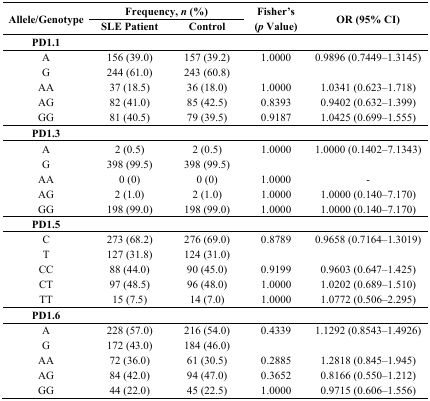
<table><thead><tr><td rowspan="2"><b>Allele/Genotype</b></td><td colspan="2"><b>Frequency, <i>n</i> (%)</b></td><td rowspan="2"><b>Fisher’s (<i>p</i> Value)</b></td><td rowspan="2"><b>OR (95% CI)</b></td></tr><tr><td><b>SLE Patient</b></td><td><b>Control</b></td></tr></thead><tbody><tr><td><b>PD1.1</b></td><td>[EMPTY_CELL]</td><td>[EMPTY_CELL]</td><td>[EMPTY_CELL]</td><td>[EMPTY_CELL]</td></tr><tr><td>A</td><td>156 (39.0)</td><td>157 (39.2)</td><td>1.0000</td><td>0.9896 (0.7449–1.3145)</td></tr><tr><td>G</td><td>244 (61.0)</td><td>243 (60.8)</td></tr><tr><td>AA</td><td>37 (18.5)</td><td>36 (18.0)</td><td>1.0000</td><td>1.0341 (0.623–1.718)</td></tr><tr><td>AG</td><td>82 (41.0)</td><td>85 (42.5)</td><td>0.8393</td><td>0.9402 (0.632–1.399)</td></tr><tr><td>GG</td><td>81 (40.5)</td><td>79 (39.5)</td><td>0.9187</td><td>1.0425 (0.699–1.555)</td></tr><tr><td><b>PD1.3</b></td><td>[EMPTY_CELL]</td><td>[EMPTY_CELL]</td><td>[EMPTY_CELL]</td><td>[EMPTY_CELL]</td></tr><tr><td>A</td><td>2 (0.5)</td><td>2 (0.5)</td><td>1.0000</td><td>1.0000 (0.1402–7.1343)</td></tr><tr><td>G</td><td>398 (99.5)</td><td>398 (99.5)</td></tr><tr><td>AA</td><td>0 (0)</td><td>0 (0)</td><td>1.0000</td><td>-</td></tr><tr><td>AG</td><td>2 (1.0)</td><td>2 (1.0)</td><td>1.0000</td><td>1.0000 (0.140–7.170)</td></tr><tr><td>GG</td><td>198 (99.0)</td><td>198 (99.0)</td><td>1.0000</td><td>1.0000 (0.140–7.170)</td></tr><tr><td><b>PD1.5</b></td><td>[EMPTY_CELL]</td><td>[EMPTY_CELL]</td><td>[EMPTY_CELL]</td><td>[EMPTY_CELL]</td></tr><tr><td>C</td><td>273 (68.2)</td><td>276 (69.0)</td><td>0.8789</td><td>0.9658 (0.7164–1.3019)</td></tr><tr><td>T</td><td>127 (31.8)</td><td>124 (31.0)</td></tr><tr><td>CC</td><td>88 (44.0)</td><td>90 (45.0)</td><td>0.9199</td><td>0.9603 (0.647–1.425)</td></tr><tr><td>CT</td><td>97 (48.5)</td><td>96 (48.0)</td><td>1.0000</td><td>1.0202 (0.689–1.510)</td></tr><tr><td>TT</td><td>15 (7.5)</td><td>14 (7.0)</td><td>1.0000</td><td>1.0772 (0.506–2.295)</td></tr><tr><td><b>PD1.6</b></td><td>[EMPTY_CELL]</td><td>[EMPTY_CELL]</td><td>[EMPTY_CELL]</td><td>[EMPTY_CELL]</td></tr><tr><td>A</td><td>228 (57.0)</td><td>216 (54.0)</td><td>0.4339</td><td>1.1292 (0.8543–1.4926)</td></tr><tr><td>G</td><td>172 (43.0)</td><td>184 (46.0)</td></tr><tr><td>AA</td><td>72 (36.0)</td><td>61 (30.5)</td><td>0.2885</td><td>1.2818 (0.845–1.945)</td></tr><tr><td>AG</td><td>84 (42.0)</td><td>94 (47.0)</td><td>0.3652</td><td>0.8166 (0.550–1.212)</td></tr><tr><td>GG</td><td>44 (22.0)</td><td>45 (22.5)</td><td>1.0000</td><td>0.9715 (0.606–1.556)</td></tr></tbody></table>